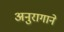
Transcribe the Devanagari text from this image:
अनुरागाने